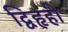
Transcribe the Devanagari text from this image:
द्विहृही